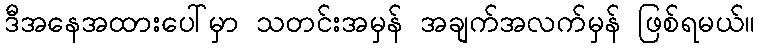
ဒီအနေအထားပေါ်မှာ သတင်းအမှန် အချက်အလက်မှန် ဖြစ်ရမယ်။